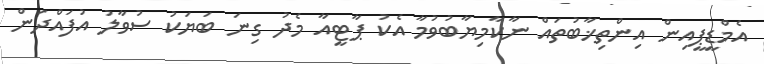
އެމްޑީޕީއިން އިންތިޚާބުތައް ނާކާމިޔާބުވުމާ އެކު ޕާޓީއާ މެދު ގިނަ ބަޔަކު ސުވާލު އުފައްދަން